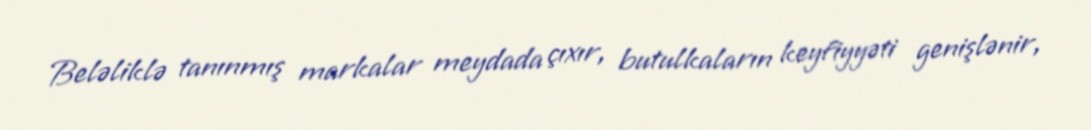
Beləliklə tanınmış markalar meydada çıxır, butulkaların keyfiyyəti genişlənir,